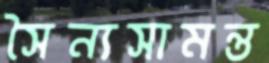
সৈন্যসামন্ত